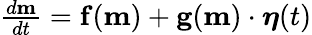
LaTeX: \begin{array}{r}{\frac{d\mathbf{m}}{dt}=\mathbf{f}(\mathbf{m})+\mathbf{g}(\mathbf{m})\cdot\boldsymbol{\eta}(t)}\end{array}